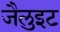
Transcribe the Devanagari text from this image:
जैलुइट